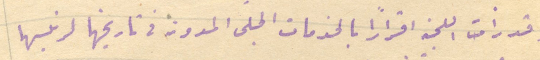
وقد رأت اللجنه اقرارًا بالخدمات الجلى المدونة في تاريخها لرئيسها